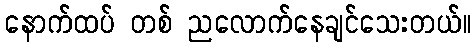
နောက်ထပ် တစ် ညလောက်နေချင်သေးတယ်။